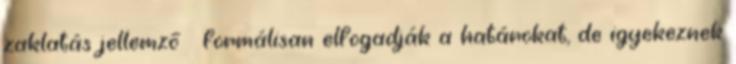
zaklatás jellemző  formálisan elfogadják a határokat, de igyekeznek